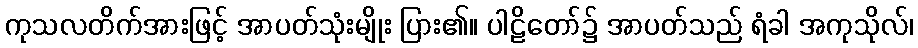
ကုသလတိက်အားဖြင့် အာပတ်သုံးမျိုး ပြား၏။ ပါဠိတော်၌ အာပတ်သည် ရံခါ အကုသိုလ်၊